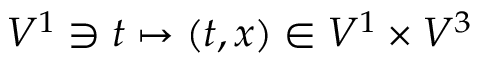
V ^ { 1 } \ni t \mapsto ( t , x ) \in V ^ { 1 } \times V ^ { 3 }